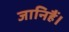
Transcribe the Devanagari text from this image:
जानिहैं।